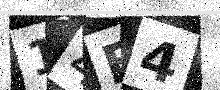
Text: 14B4